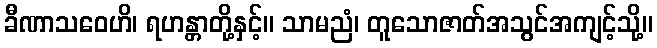
ခီဏာသဝေဟိ၊ ရဟန္တာတို့နှင့်။ သာမညံ၊ တူသောဇာတ်အသွင်အကျင့်သို့။